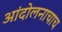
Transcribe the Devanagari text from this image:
आंदोलनाचाच